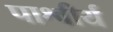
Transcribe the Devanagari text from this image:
पाश्वीर्य